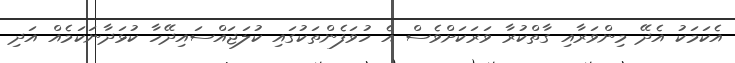
އެކަމަކު އެދޭ މިންވަރާއި ގާތްކުރާ ވަރަކަށްވެސް އެ ހުވަފެންތަކުގައި ކުލަޖައްސައިދޭހާ ކުޅަދާނަކަމެއް އަދި